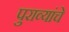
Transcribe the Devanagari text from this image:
पुराव्यांचे